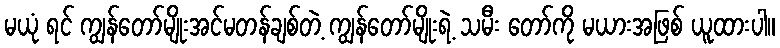
မယုံ ရင် ကျွန်တော်မျိုးအင်မတန်ချစ်တဲ့ ကျွန်တော်မျိုးရဲ့ သမီး တော်ကို မယားအဖြစ် ယူထားပါ။